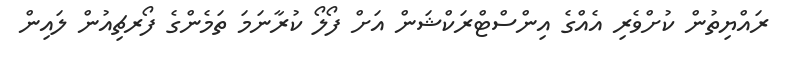
ރައްޔިތުން ކުށްވެރި އެއްގެ އިންސްޓްރަކްޝަން އަށް ފޯލޯ ކުރާނަމަ ތަމެންގެ ފޯރޗިއުން ލައިން